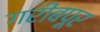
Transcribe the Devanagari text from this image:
गरीबपूर